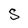
Character: s